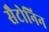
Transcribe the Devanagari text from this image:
सैटोनिन